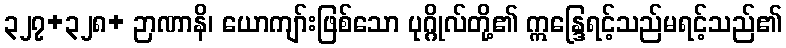
၃၂၇+၃၂၈+ ဉာဏာနိ၊ ယောကျာ်းဖြစ်သော ပုဂ္ဂိုလ်တို့၏ ဣန္ဒြေရင့်သည်မရင့်သည်၏